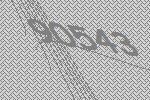
90543